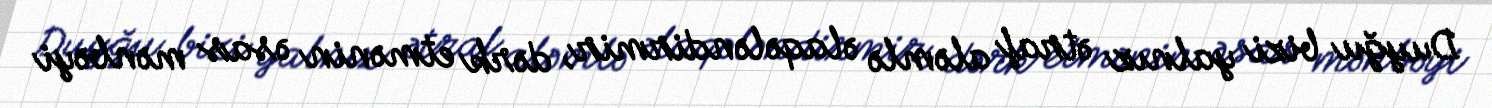
Duyğu bizi yalnız ətraf aləmlə əlaqələndirmir, dərk etmənin əsas mənbəyi